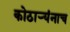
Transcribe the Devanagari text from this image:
कोठार्‍यंनाच